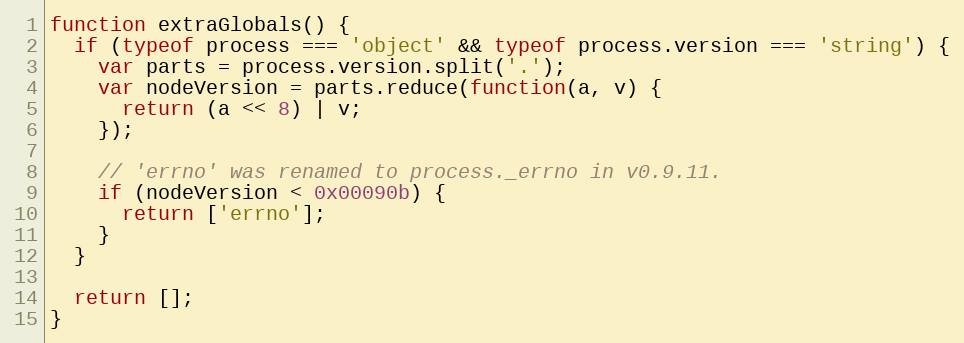
Language: JavaScript
function extraGlobals() {
  if (typeof process === 'object' && typeof process.version === 'string') {
    var parts = process.version.split('.');
    var nodeVersion = parts.reduce(function(a, v) {
      return (a << 8) | v;
    });

    // 'errno' was renamed to process._errno in v0.9.11.
    if (nodeVersion < 0x00090b) {
      return ['errno'];
    }
  }

  return [];
}